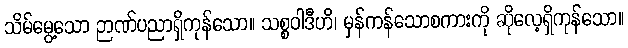
သိမ်မွေ့သော ဉာဏ်ပညာရှိကုန်သော။ သစ္စဝါဒီဟိ၊ မှန်ကန်သောစကားကို ဆိုလေ့ရှိကုန်သော။